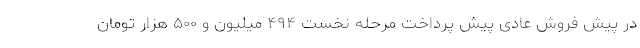
در پیش فروش عادی پیش پرداخت مرحله نخست ۴۹۴ میلیون و ۵۰۰ هزار تومان